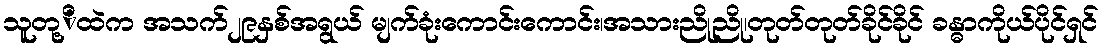
သူတု့ိထဲက အသက်၂၉နှစ်အရွယ် မျက်ခုံးကောင်းကောင်း၊အသားညိုညို၊တုတ်တုတ်ခိုင်ခိုင် ခန္ဓာကိုယ်ပိုင်ရှင်